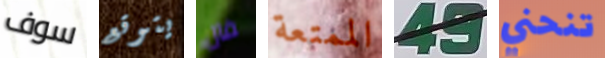
سوف يتوقع فال الممتعة 49 تنحني